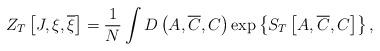
LaTeX: \begin{align*}Z_T\left[ J,\xi,\overline{\xi }\right] =\frac 1N\int D\left(A,\overline{C},C\right) \exp \left\{ S_T\left[A,\overline{C},C\right] \right\},\end{align*}